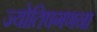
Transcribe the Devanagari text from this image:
ज्योतिषगणना